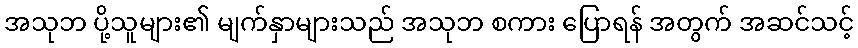
အသုဘ ပို့သူများ၏ မျက်နှာများသည် အသုဘ စကား ပြောရန် အတွက် အဆင်သင့်